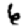
Digit: 6